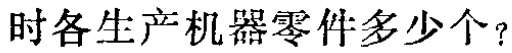
时各生产机器零件多少个？